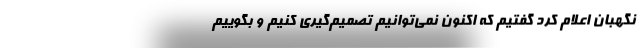
نگهبان اعلام کرد گفتیم که اکنون نمی‌توانیم تصمیم‌گیری کنیم و بگوییم